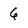
Character: 6